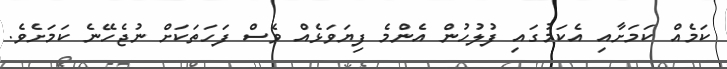
ކަމެއް ކަމަށާއި އެކަމުގައި ފުލުހުން އެންމެ ފިޔަވަޅެއް ވެސް ފަހަތަކަށް ނުޖެހޭނެ ކަމަށެވެ.